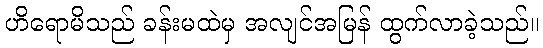
ဟိရောမိသည် ခန်းမထဲမှ အလျင်အမြန် ထွက်လာခဲ့သည်။